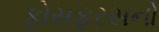
ફોસફરસનો